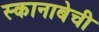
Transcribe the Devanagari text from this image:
स्कानाबेची